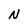
Character: N